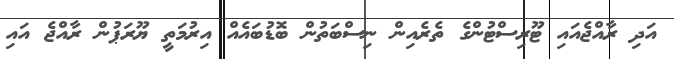
އަދި ރާއްޖެއައި ޓޫރިސްޓުންގެ ތެރެއިން ނިސްބަތުން ބޮޑުބައެއް އިރުމަތީ ޔޫރަޕުން ރާއްޖެ އައި